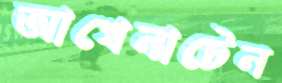
আখেনাটেন